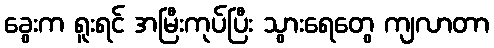
ခွေးက ရူးရင် အမြီးကုပ်ပြီး သွားရေတွေ ကျလာတာ